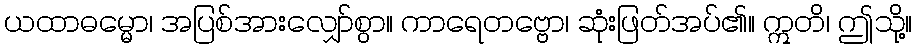
ယထာဓမ္မော၊ အပြစ်အားလျှော်စွာ။ ကာရေတဗ္ဗော၊ ဆုံးဖြတ်အပ်၏။ ဣတိ၊ ဤသို့။